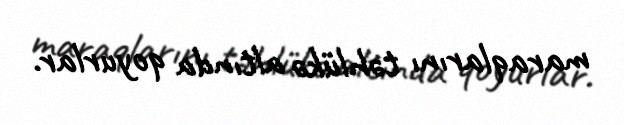
maraqlarını təhlükə altında qoyurlar.